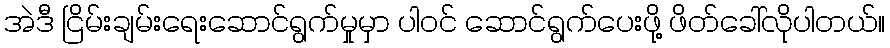
အဲဒီ ငြိမ်းချမ်းရေးဆောင်ရွက်မှုမှာ ပါဝင် ဆောင်ရွက်ပေးဖို့ ဖိတ်ခေါ်လိုပါတယ်။